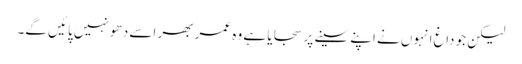
لیکن جو داغ انہوں نے اپنے سینے پر سجایا ہے وہ عمر بھر اسے دھو نہیں پائیں گے۔